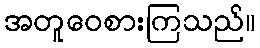
အတူဝေစားကြသည်။